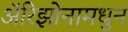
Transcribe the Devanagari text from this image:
अॅरिझोनामधुन